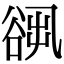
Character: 𧮷